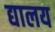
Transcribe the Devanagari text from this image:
द्यालय